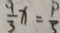
\frac { 9 } { 3 } x = \frac { 1 } { 5 }